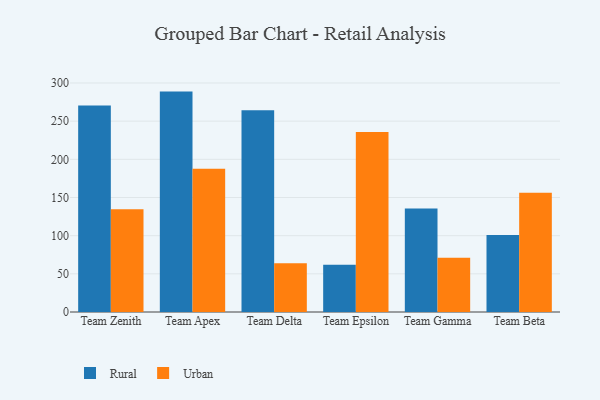
{"axis": {"x": "Team", "y": "Budget (USD K)"}, "legend": ["Rural", "Urban"], "data": [{"x": "Team Zenith", "y": 270.6, "type": "Rural"}, {"x": "Team Zenith", "y": 134.6, "type": "Urban"}, {"x": "Team Apex", "y": 288.7, "type": "Rural"}, {"x": "Team Apex", "y": 187.5, "type": "Urban"}, {"x": "Team Delta", "y": 264.2, "type": "Rural"}, {"x": "Team Delta", "y": 64.0, "type": "Urban"}, {"x": "Team Epsilon", "y": 61.9, "type": "Rural"}, {"x": "Team Epsilon", "y": 235.7, "type": "Urban"}, {"x": "Team Gamma", "y": 135.6, "type": "Rural"}, {"x": "Team Gamma", "y": 71.2, "type": "Urban"}, {"x": "Team Beta", "y": 101.0, "type": "Rural"}, {"x": "Team Beta", "y": 156.1, "type": "Urban"}]}